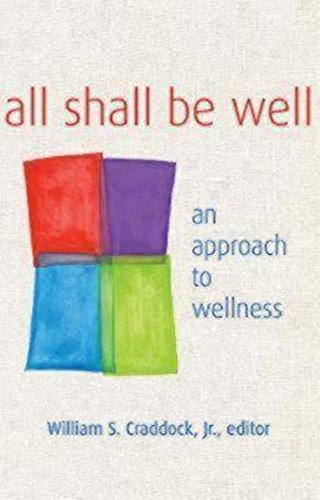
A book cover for All Shall Be Well: An Approach to Wellness; William S. Craddock Jr.; Christian Books & Bibles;